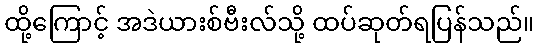
ထို့ကြောင့် အဒဲယားစ်ဗီးလ်သို့ ထပ်ဆုတ်ရပြန်သည်။